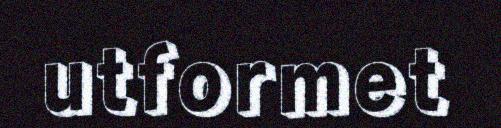
utformet